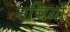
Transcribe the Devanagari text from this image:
उच्चियाँ